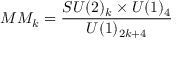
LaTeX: M M _ { k } = \frac { S U ( 2 ) _ { k } \times U ( 1 ) _ { 4 } } { U ( 1 ) _ { 2 k + 4 } }